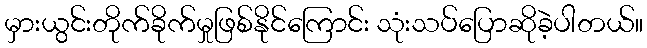
မှားယွင်းတိုက်ခိုက်မှုဖြစ်နိုင်ကြောင်း သုံးသပ်ပြောဆိုခဲ့ပါတယ်။